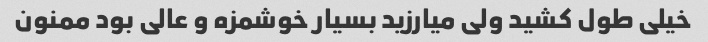
خیلی طول کشید ولی میارزید بسیار خوشمزه و عالی بود ممنون